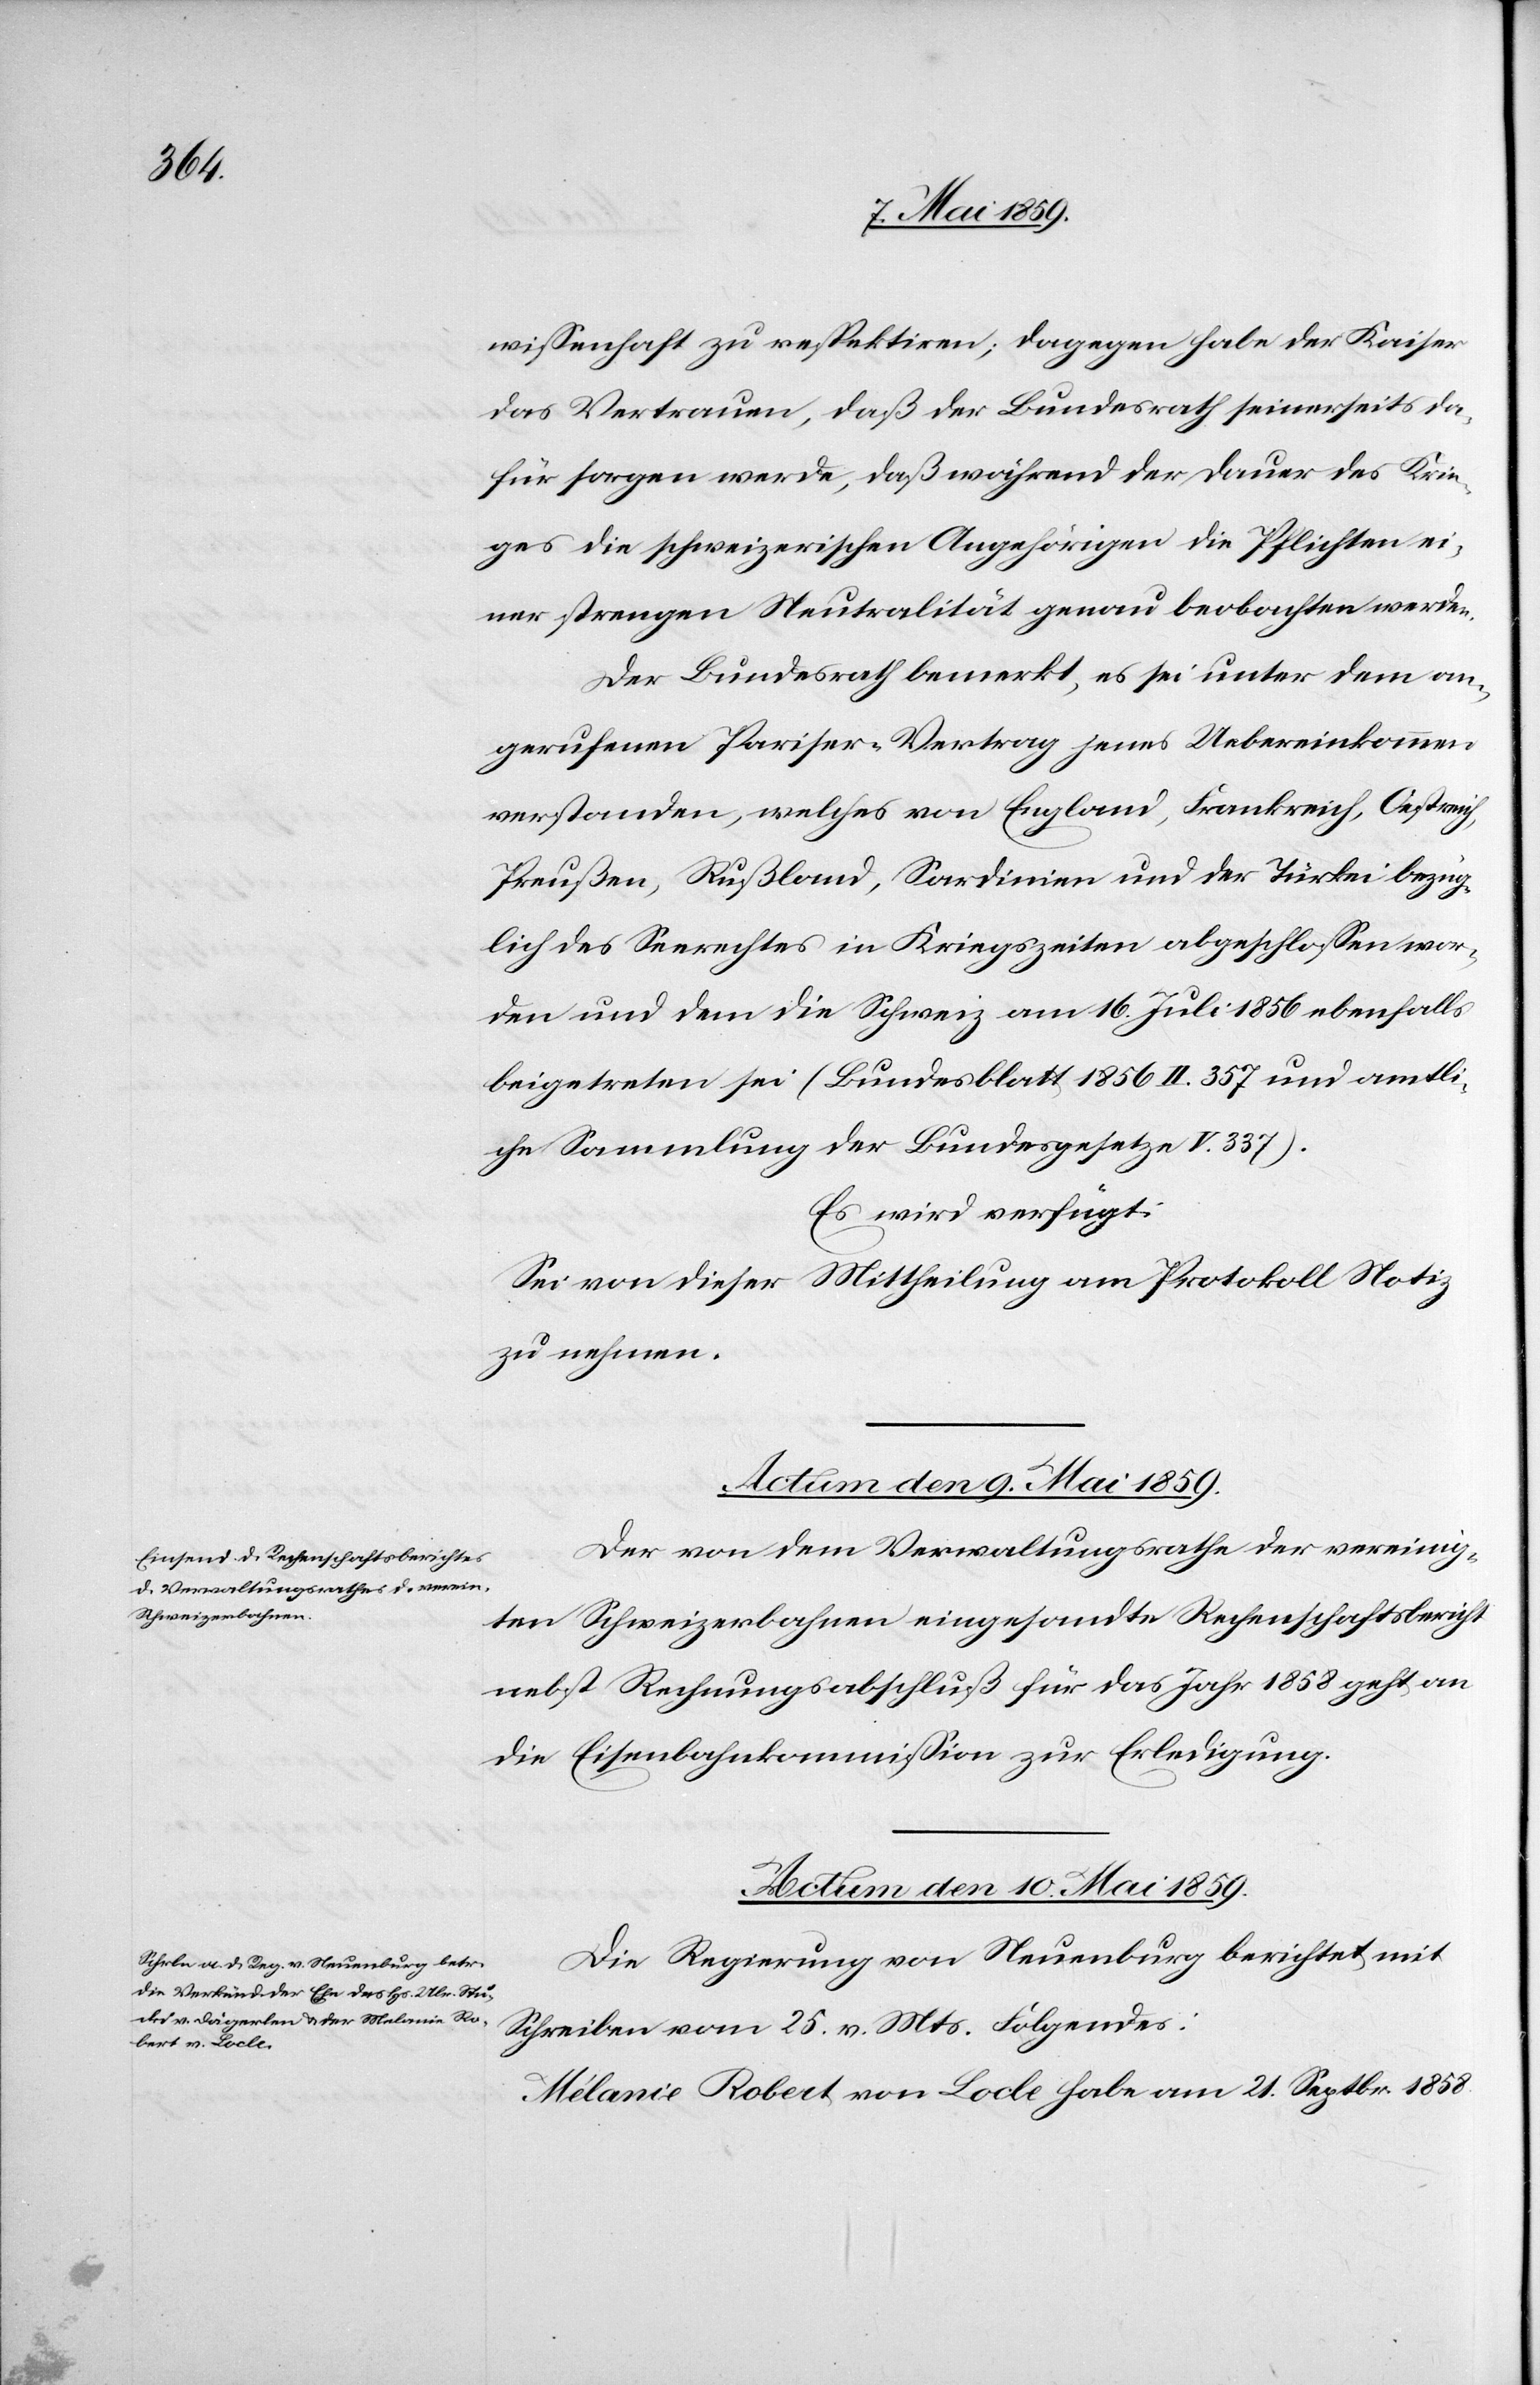
wißenhaft zu respektiren; dagegen habe der Kaiser
das Vertrauen, daß der Bundesrath seinerseits da¬
für sorgen werde, daß während der Dauer des Krie¬
ges die schweizerischen Angehörigen die Pflichten ei¬
ner strengen Neutralität genau beobachten werden.
Der Bundesrath bemerkt, es sei unter dem an¬
gerufenen Pariser-Vertrag jenes Uebereinkommen
verstanden, welches von England, Frankreich, Oestreich,
Preußen, Rußland, Sardinien und der Türkei bezüg¬
lich des Seerechtes in Kriegszeiten abgeschloßen wor¬
den und dem die Schweiz am 16. Juli 1856 ebenfalls
beigetreten sei (Bundesblatt 1856 II. 357 und amtli¬
che Sammlung der Bundesgesetze V. 337).
Es wird verfügt:
Sei von dieser Mittheilung am Protokoll Notiz
zu nehmen.
Actum den 9. Mai 1859.
Der von dem Verwaltungsrathe der vereinig¬
ten Schweizerbahnen eingesandte Rechenschaftsbericht
nebst Rechnungsabschluß für das Jahr 1858 geht an
die Eisenbahnkommißion zur Erledigung.
Actum den 10. Mai 1859.
Die Regierung von Neuenburg berichtet mit
Schreiben vom 25. v. Mts. Folgendes:
Mélanie Robert von Locle habe am 21. Septbr. 1858